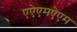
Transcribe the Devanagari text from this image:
एऐएमऐएम